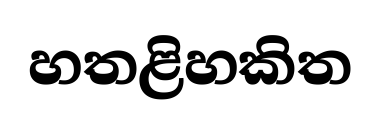
හතළිහකිත